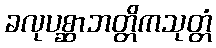
ခလုပစ္ဆာဘတ္တိကသုတ္တံ